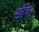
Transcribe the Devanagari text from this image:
खींच।